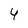
Character: 4